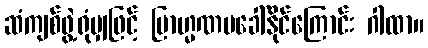
ဆံကျစ်ဖွဲ့ရုံမျှဖြင့် ဗြာဟ္မဏမခေါ်နိုင်ကြောင်း ဂါထာ။